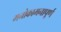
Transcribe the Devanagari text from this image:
मनोकामनापूर्ण